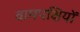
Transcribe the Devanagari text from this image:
वामपक्षियों